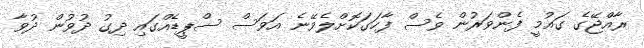
ރާއްޖޭގެ ގައުމީ ފެންވަރުން ވެސް ފާހަގަކޮށްލެވޭނެ އަވަސް ސްޕީޑެއްގައި ދިގު ދުވުން ދުވާ